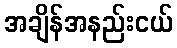
အချိန်အနည်းငယ်